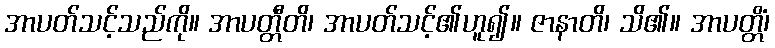
အာပတ်သင့်သည်ကို။ အာပတ္တီတိ၊ အာပတ်သင့်၏ဟူ၍။ ဇာနာတိ၊ သိ၏။ အာပတ္တိံ၊